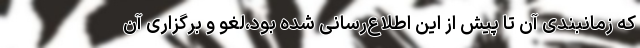
که زمانبندی آن تا پیش از این اطلاع‌رسانی شده بود،لغو و برگزاری آن